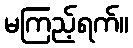
မကြည့်ရက်။